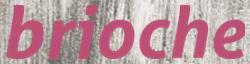
brioche